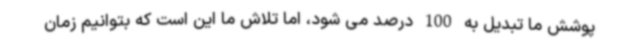
پوشش ما تبدیل به 100 درصد می شود، اما تلاش ما این است که بتوانیم زمان